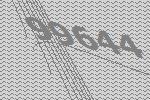
99644